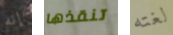
إنه تنقذها لغته